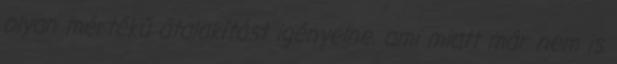
olyan mértékű átalakítást igényelne, ami miatt már nem is